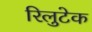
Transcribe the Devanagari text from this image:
रिलुटेक